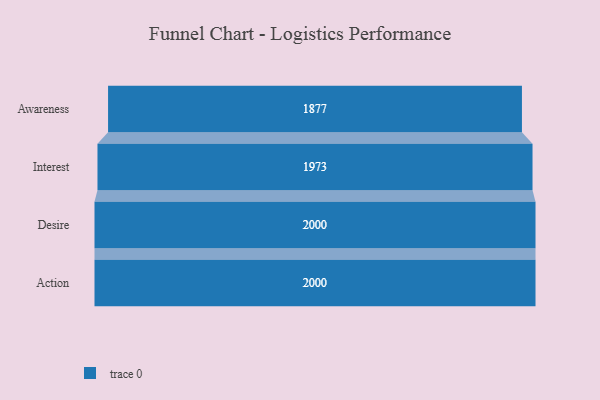
{"axis": {"x": "Stage", "y": "Value"}, "legend": [""], "data": [{"x": "Awareness", "y": 1877.0, "type": ""}, {"x": "Interest", "y": 1973.0, "type": ""}, {"x": "Desire", "y": 2000, "type": ""}, {"x": "Action", "y": 2000, "type": ""}]}